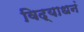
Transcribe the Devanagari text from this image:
विद्याधनं